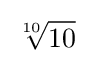
{\sqrt[{10}]{10}}\!